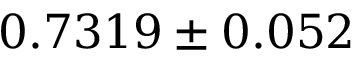
0 . 7 3 1 9 \pm 0 . 0 5 2